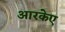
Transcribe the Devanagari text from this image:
आरकेए